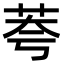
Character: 荂